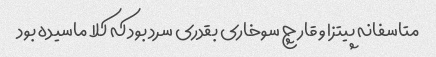
متاسفانه پیتزا و قارچ سوخاری بقدری سرد بود که کلا ماسیده بود